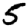
Digit: 5